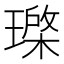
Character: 𱯦